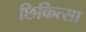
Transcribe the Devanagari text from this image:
छिकित्सा